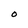
Character: O